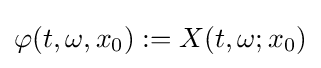
\varphi (t,\omega ,x_{0}):=X(t,\omega ;x_{0})